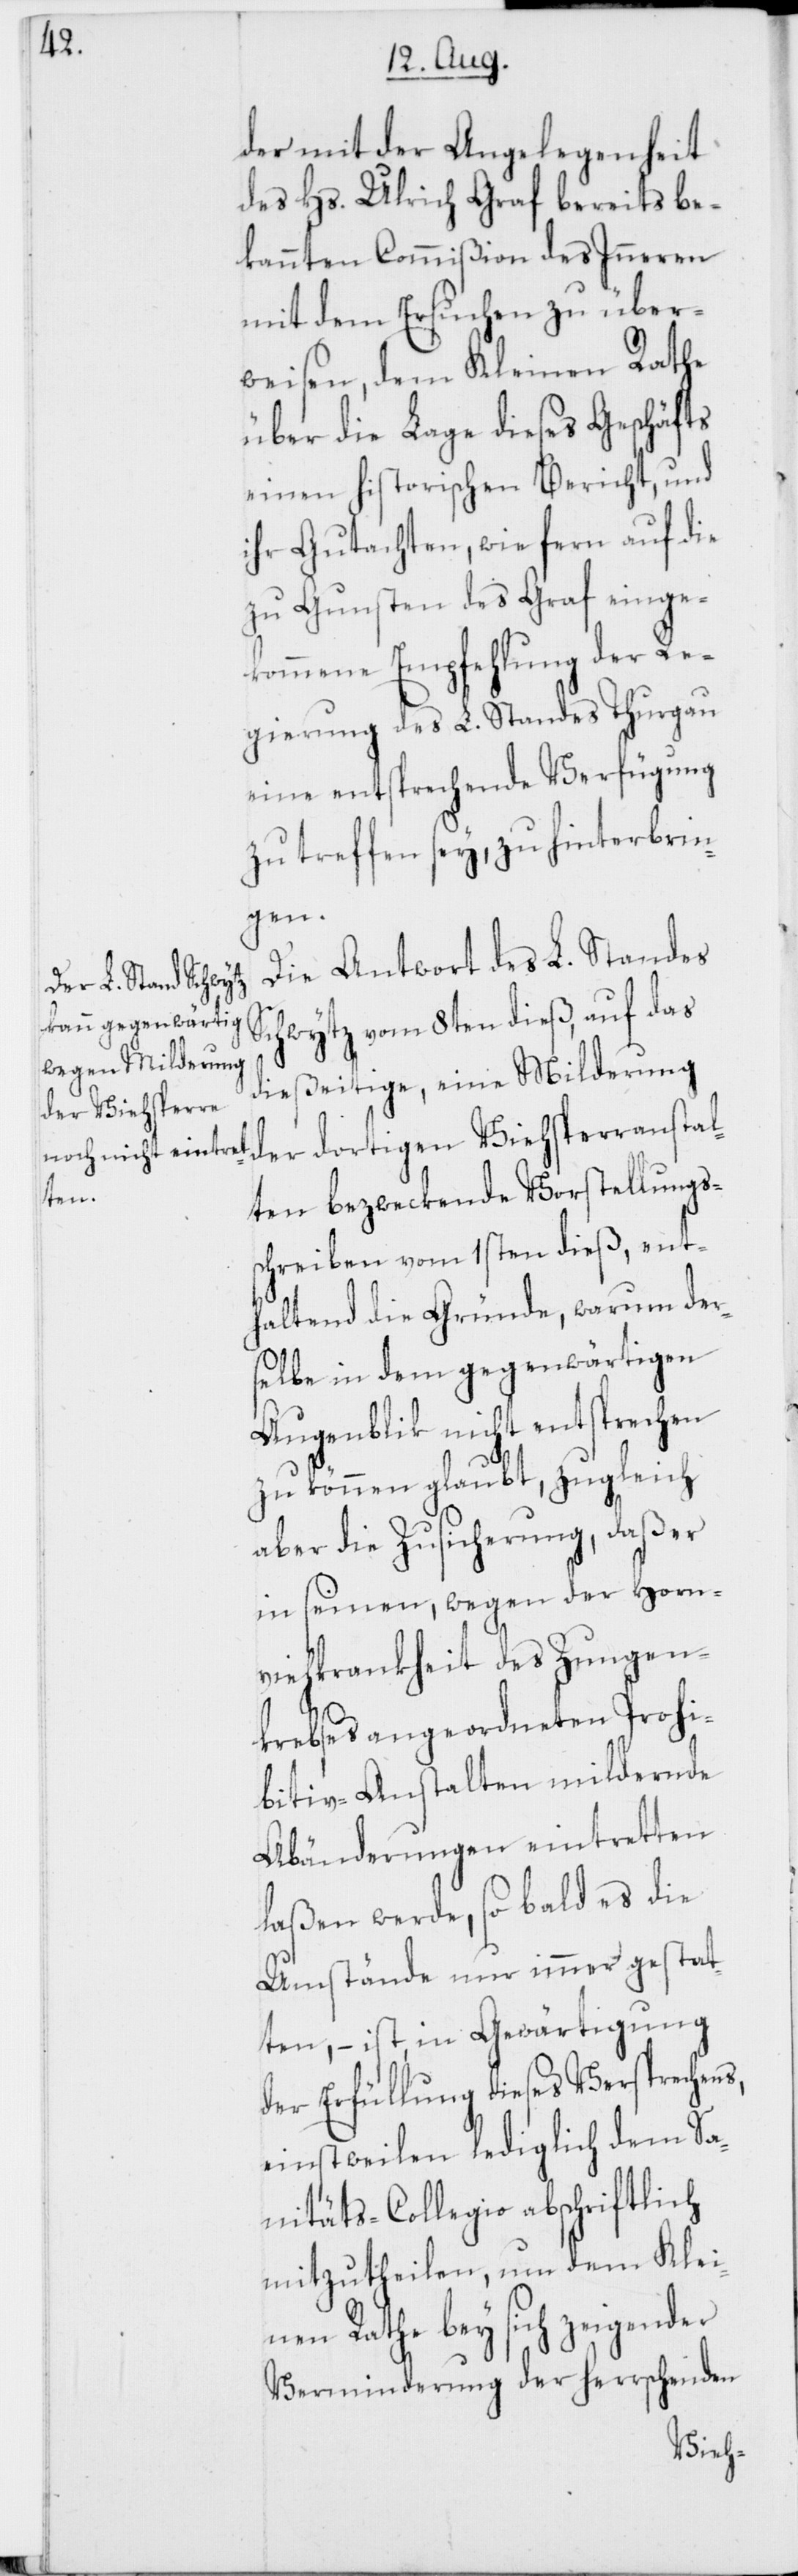
der mit der Angelegenheit
des Hs. Ulrich Graf bereits be¬
kannten Commißion des Inneren
mit dem Ersuchen zu über¬
weisen, dem Kleinen Rathe
über die Lage dieses Geschäfts
einen historischen Bericht, und
ihr Gutachten, wie fern auf die
zu Gunsten des Graf einge¬
kommene Empfehlung der Re¬
gierung des L. Standes Thurgau
eine entsprechende Verfügung
zu treffen sey, zu hinterbrin¬
gen.
Die Antwort des L. Standes
Schwytz vom 8ten dieß, auf das
dießeitige, eine Milderung
der dortigen Viehsperranstal¬
ten bezweckende Vorstellungs¬
schreiben vom 1sten dieß, ent¬
haltend die Gründe, warum der¬
selbe in dem gegenwärtigen
Augenblik nicht entsprechen
zu können glaubt, zugleich
aber die Zusicherung, daß er
in seinen, wegen der Horn¬
viehkrankheit des Zungen¬
krebses angeordneten Prohi¬
bitiv-Anstalten mildernde
Abänderungen eintretten
laßen werde, so bald es die
Umstände nur immer gestat¬
ten, – ist, in Gewärtigung
der Erfüllung dieses Versprechens,
einstweilen lediglich dem Sa¬
nitäts-Collegio abschriftlich
mitzutheilen, um dem Klei¬
nen Rathe bey sich zeigender
Verminderung der herrschenden